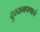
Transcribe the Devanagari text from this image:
दुय्यमपणाचे